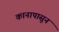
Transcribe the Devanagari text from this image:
कानापासून